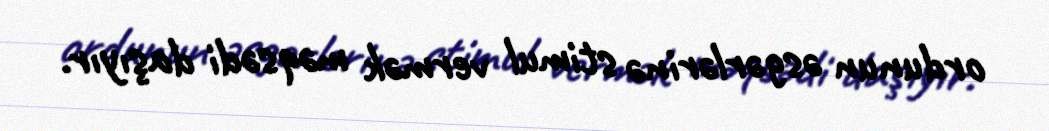
ordunun əsgərlərinə stimul vermək məqsədi daşıyır.